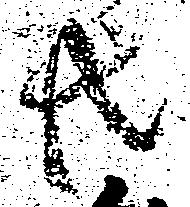
共